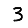
Digit: 3